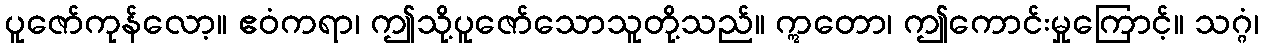
ပူဇော်ကုန်လော့။ ဧဝံကရာ၊ ဤသို့ပူဇော်သောသူတို့သည်။ ဣတော၊ ဤကောင်းမှုကြောင့်။ သဂ္ဂံ၊